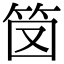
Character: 笝